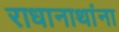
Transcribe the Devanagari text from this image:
राधानाथांना